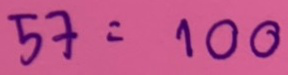
57 = 100